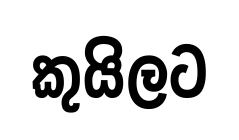
කුයිලට